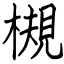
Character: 槻